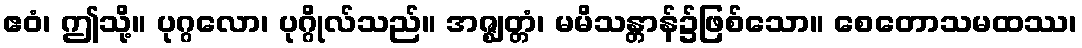
ဧဝံ၊ ဤသို့။ ပုဂ္ဂလော၊ ပုဂ္ဂိုလ်သည်။ အဇ္ဈတ္တံ၊ မမိသန္တာန်၌ဖြစ်သော။ စေတောသမထဿ၊